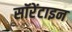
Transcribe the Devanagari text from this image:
सॉरेंटाइन